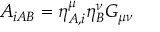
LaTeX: A _ { i A B } = \eta _ { A , i } ^ { \mu } \eta _ { B } ^ { \nu } { \cal G } _ { \mu \nu }